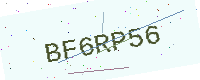
Text: BF6RP56